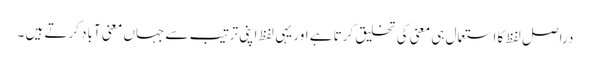
دراصل لفظ کا استعمال ہی معنی کی تخلیق کرتا ہے اور یہی لفظ اپنی ترتیب سے جہاں معنی آباد کرتے ہیں ۔